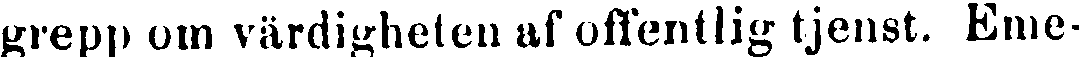
grepp om värdigheten as offentlig tjenst. Eme-